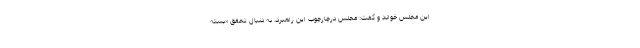
این مجلس خواند و گفت: مجلس درچارچوب این راهبرد، به دنبال تحقق «بسته